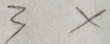
3 x